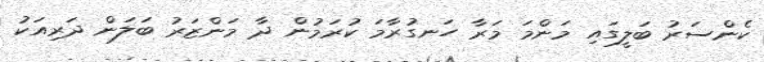
ކެންސަރު ބަލީގައި މަންމަ މަރާ ހަނގުރާމަ ކުރަމުން ދާ މަންޒަރު ބަލަން ދަރިއަކު